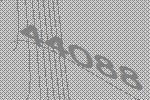
44088